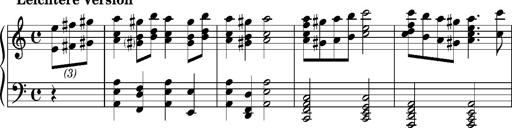
Title: RÃ¡kÃ³czi-Marsch, S.692d
Composer: Franz Liszt
Key: A minor